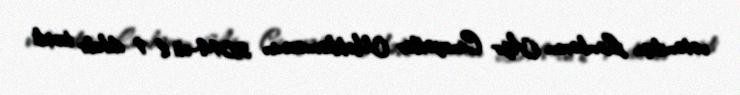
vətəndaşı, Lənkəran Ağır Cinayətlər Məhkəməsinin 2014-cü il 1 dekabr tarixli